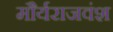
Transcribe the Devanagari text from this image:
मौर्यराजवंश